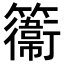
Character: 𥶽